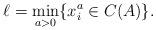
LaTeX: \begin{align*}\ell = \min_{a > 0} \{x_i^a \in C(A) \}.\end{align*}